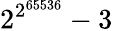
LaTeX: {2^{2^{65536}}}-3